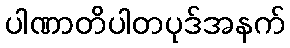
ပါဏာတိပါတပုဒ်အနက်